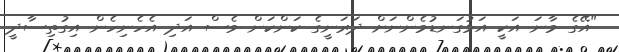
"އޭގެ މާނަ އަކީ އަޅުގަނޑުމެންނަށް ދަރަނީގެ ކަންކަން ވެސް އަދި އެހެނިހެން އިގުތިސާދީ